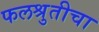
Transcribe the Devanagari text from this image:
फलश्रुतीचा